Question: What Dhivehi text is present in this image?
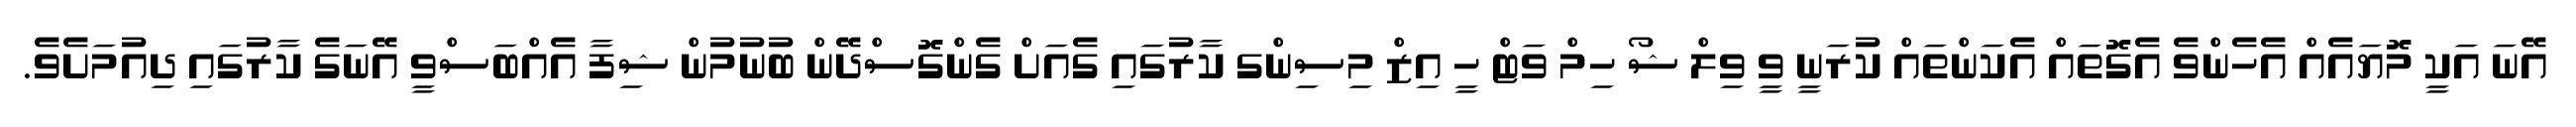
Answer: އޭނަ އަކީ މޮޔައެއް އެހެންވެ އެގޮތައް އެކަންތައް ކުރަނީ ވީ ވިލް ޝޯ ހިމް ވަޓް ހީ އިޒް މިސިންގ ކާރުގައި ގެއަށް ގެންގޮސްދޭން ބުނުމުން ޝިފާ އެއްބަސްވީ އޭނަގެ ކާރުގައި ދިއުމަށެވެ.